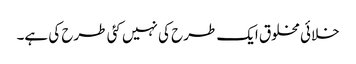
خلائی مخلوق ایک طرح کی نہیں کئی طرح کی ہے۔